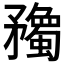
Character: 𥎠